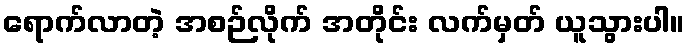
ရောက်လာတဲ့ အစဉ်လိုက် အတိုင်း လက်မှတ် ယူသွားပါ။